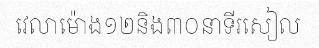
វេលាម៉ោង១២និង៣០នាទីរសៀល